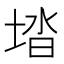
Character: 𡌩